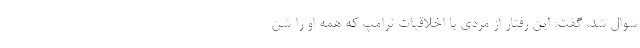
سوال شد، گفت: این رفتار از مردی با اخلاقیات ترامپ که همه او را شن